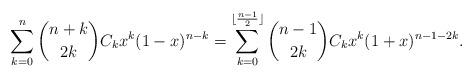
LaTeX: \begin{align*}\sum_{k=0}^{n}\binom{n+k}{2k}C_k x^{k}(1-x)^{n-k}=\sum_{k=0}^{\lfloor\frac{n-1}{2}\rfloor}\binom{n-1}{2k}C_kx^{k}(1+x)^{n-1-2k}.\end{align*}